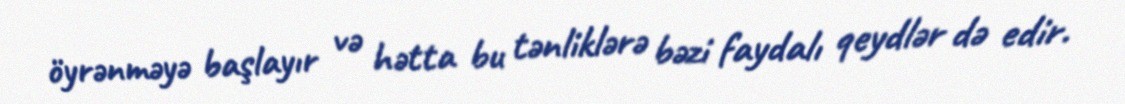
öyrənməyə başlayır və hətta bu tənliklərə bəzi faydalı qeydlər də edir.